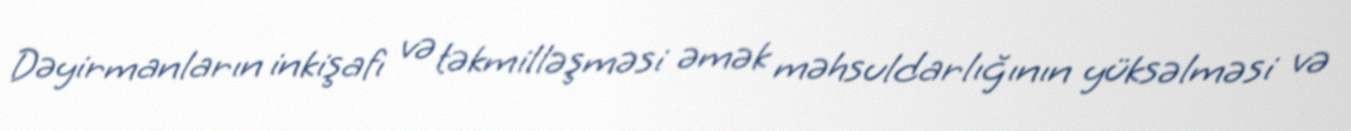
Dəyirmanların inkişafı və təkmilləşməsi əmək məhsuldarlığının yüksəlməsi və